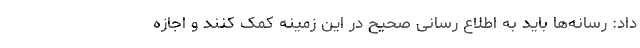
داد: رسانه‌ها باید به اطلاع رسانی صحیح در این زمینه کمک کنند و اجازه